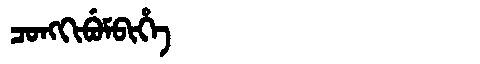
Manchu: ᠴᠣᠩᡴᡳᠪᡠᠮᠪᡳᡥᡝ
Romanization: CONGKIBUMBIHE